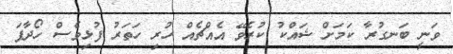
ވަނީ ބަނގުރާ ކަަމަށް ޝައްކު ކުރެވޭ އެއްޗެއް ހުރި ހަތަރު ފުޅިވެސް ހޯދާފަ